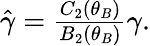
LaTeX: \begin{array}{r}{\hat{\gamma}=\frac{C_{2}(\theta_{B})}{B_{2}(\theta_{B})}\gamma.}\end{array}